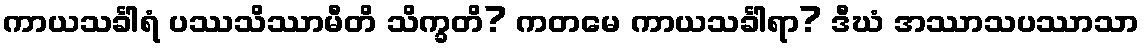
ကာယသင်္ခါရံ ပဿသိဿာမီတိ သိက္ခတိ? ကတမေ ကာယသင်္ခါရာ? ဒီဃံ အဿာသပဿာသာ